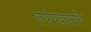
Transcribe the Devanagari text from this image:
तपोपवासादि